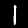
Label: 1